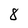
Character: 8